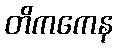
တိကကေန